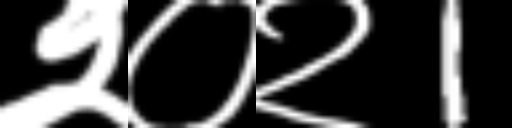
Text: २०२1